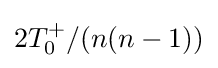
2T_{0}^{+}/(n(n-1))